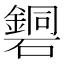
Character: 𥖹